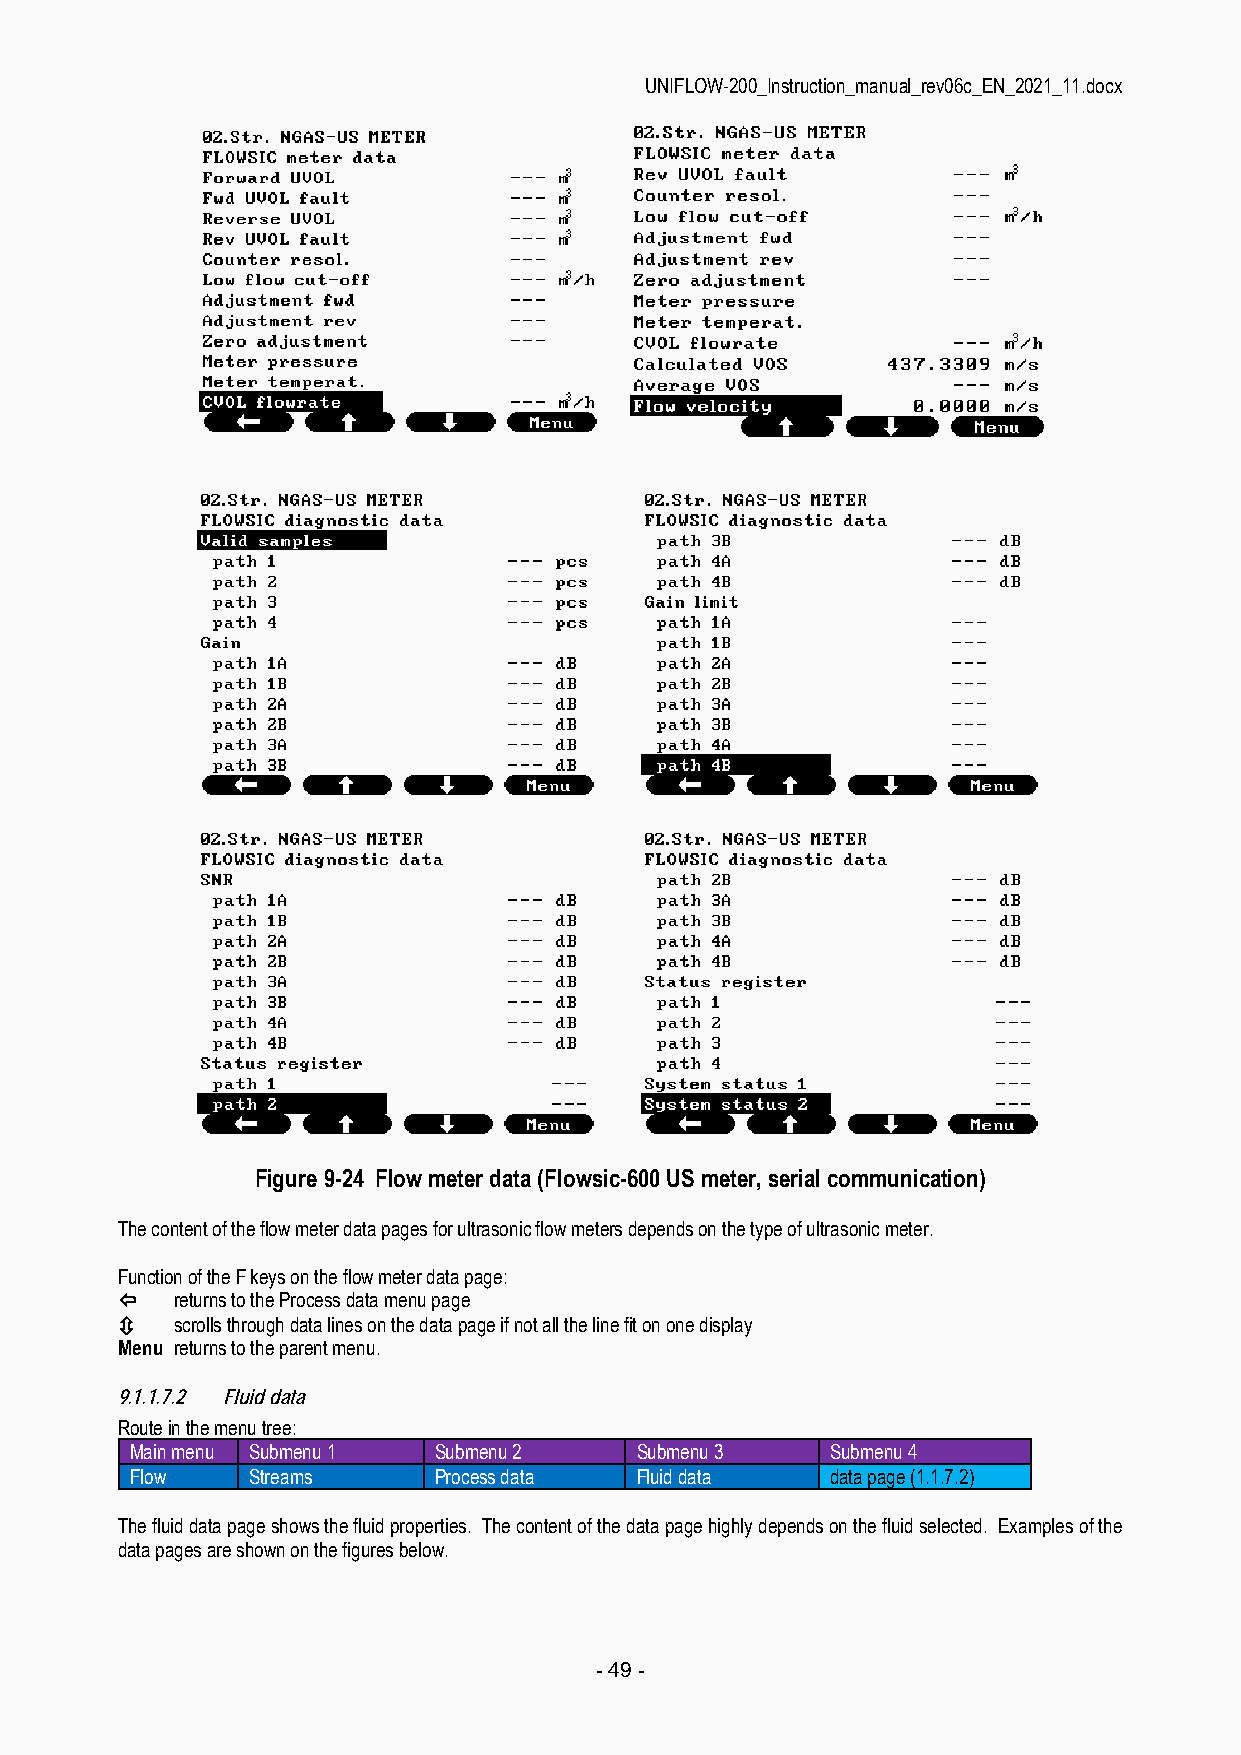
UNIFLOW-200_Instruction_manual_rev06c_EN_2021_11.docx
 Figure 9-24 Flow meter data (Flowsic-600 US meter, serial communication)
 The content of the flow meter data pages for ultrasonic flow meters depends on the type of ultrasonic meter.
 Function of the F keys on the flow meter data page:
    returns to the Process data menu page
    scrolls through data lines on the data page if not all the line fit on one display
 Menu returns to the parent menu.
 9.1.1.7.2 Fluid data
 Route in the menu tree:
 Main menu Submenu 1 Submenu 2    Submenu 3    Submenu 4
 Flow   Streams      Process data Fluid data   data page (1.1.7.2)
 The fluid data page shows the fluid properties. The content of the data page highly depends on the fluid selected. Examples of the
 data pages are shown on the figures below.
 - 49 -